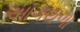
આગથળા